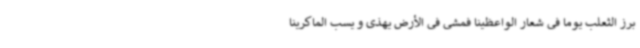
برز الثعلب یوما فی شعار الواعظینا فمشی فی الأرض یهذی و یسب الماکرینا